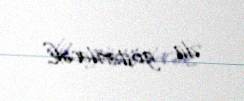
da göstəriləcək.